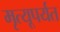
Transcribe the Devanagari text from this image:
मृत्यूपर्यत